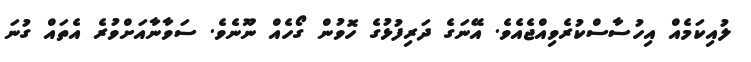
ލުއިކަމެއް އިހުސާސްކުރެވިއްޖެއެވެ. އޭނަގެ ދަރިފުޅުގެ ހޮވުން ގޯހެއް ނޫނެވެ. ސަވާނާއަށްވުރެ އެތައް ގުނަ